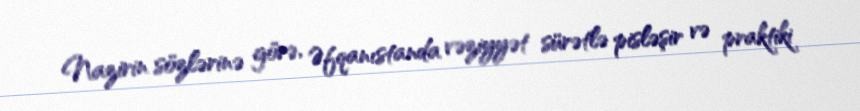
Nazirin sözlərinə görə, Əfqanıstanda vəziyyət sürətlə pisləşir və praktiki